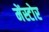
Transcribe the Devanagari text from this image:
मेंस्टोर